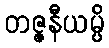
တဇ္ဇနီယမ္ပိ